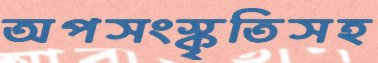
অপসংস্কৃতিসহ